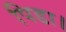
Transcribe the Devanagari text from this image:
पिडा।